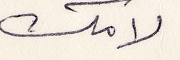
لامك